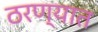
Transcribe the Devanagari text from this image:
ठरण्यात